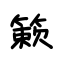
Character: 簌